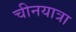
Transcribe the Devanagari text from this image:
चीनयात्रा